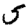
Digit: 5